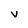
Character: V